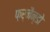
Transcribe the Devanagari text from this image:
फ़र्नैन्डो